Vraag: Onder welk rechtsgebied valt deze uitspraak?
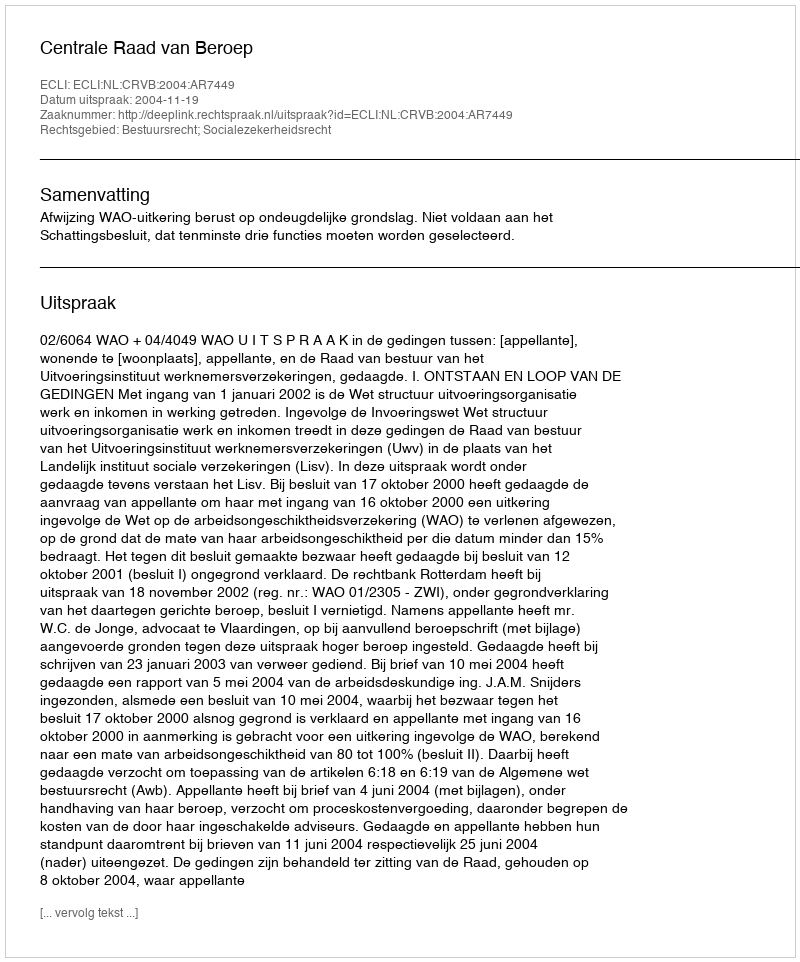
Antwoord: Bestuursrecht; Socialezekerheidsrecht